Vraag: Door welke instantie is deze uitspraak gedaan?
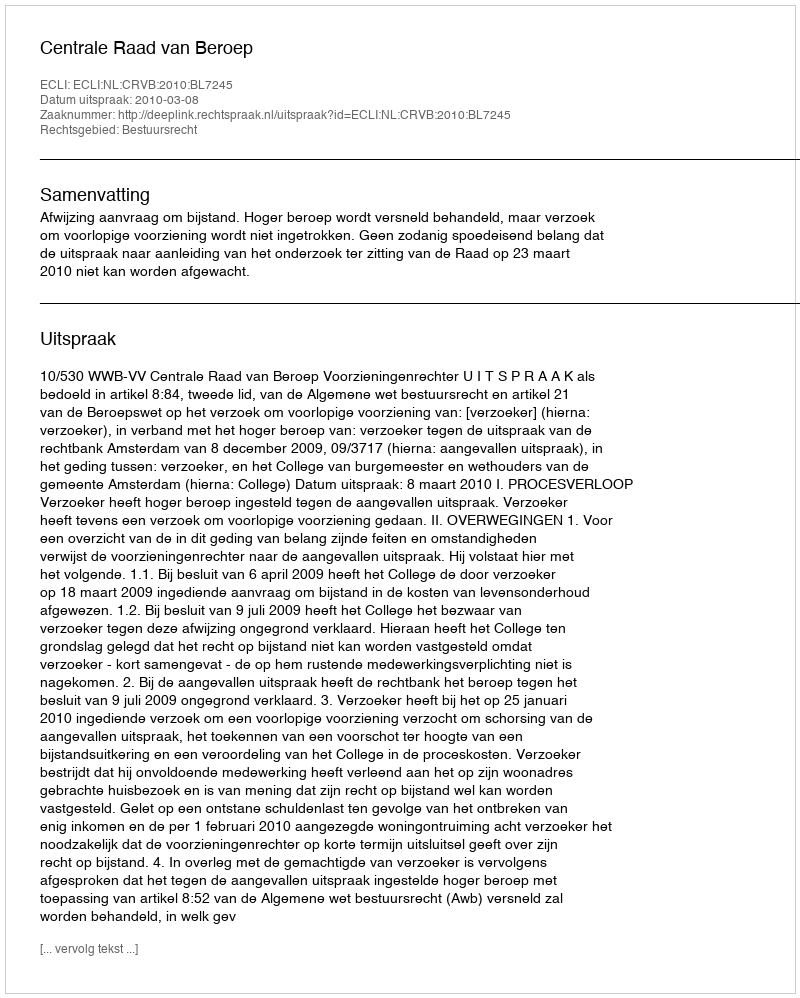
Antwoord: Centrale Raad van Beroep